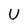
Character: U